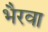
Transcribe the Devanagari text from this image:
भैरवा